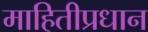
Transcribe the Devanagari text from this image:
माहितीप्रधान